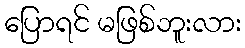
ပြောရင် မဖြစ်ဘူးလား